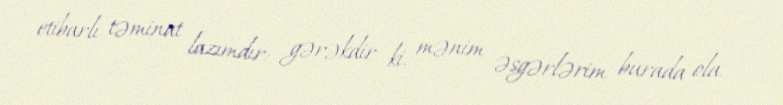
etibarlı təminat lazımdır: gərəkdir ki, mənim əsgərlərim burada ola.